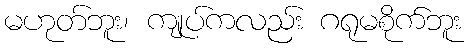
မဟုတ်ဘူး၊ ကျုပ်ကလည်း ဂရုမစိုက်ဘူး